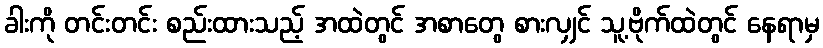
ခါးကို တင်းတင်း စည်းထားသည့် အထဲတွင် အစာတွေ စားလျှင် သူ့ဗိုက်ထဲတွင် နေရာမှ